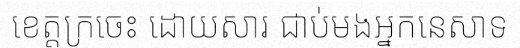
ខេត្តក្រចេះ ដោយសារ ជាប់មងអ្នកនេសាទ